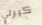
كيرلي